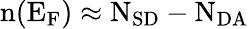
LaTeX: \mathrm{n(E_{F})\approx N_{SD}-N_{DA}}